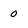
Character: 0